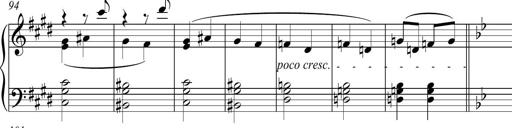
Title: Funeral March and Sonatina
Composer: Thomas Hellemans
Key: C-sharp minor